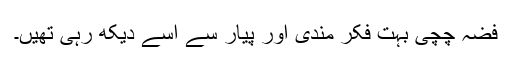
فضہ چچی بہت فکر مندی اور پیار سے اسے دیکھ رہی تھیں۔